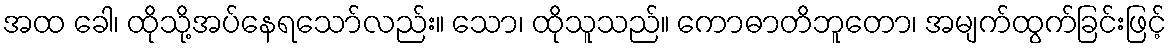
အထ ခေါ၊ ထိုသို့အပ်နေရသော်လည်း။ သော၊ ထိုသူသည်။ ကောဓာတိဘူတော၊ အမျက်ထွက်ခြင်းဖြင့်